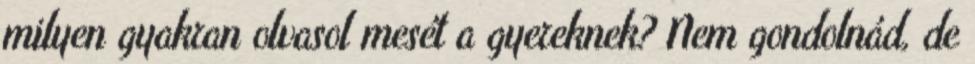
milyen gyakran olvasol mesét a gyereknek? Nem gondolnád, de